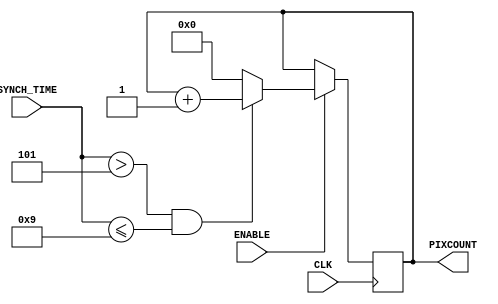
`timescale 1ns / 1ps
//////////////////////////////////////////////////////////////////////////////////
// Company:
// 
// Create Date: 
// Design Name: 
// Module Name:    PixCounter 
// Project Name: 
// Target Devices: 
// Tool versions: 
// Description: 
//
// Dependencies: 
//
// Revision: 
// Revision 0.01 - File Created
// Additional Comments: 
//
//////////////////////////////////////////////////////////////////////////////////
module PixCounter(
	CLK, 					//clock signal
	SYNCH_TIME,			//value of synch time
	PIXCOUNT,			//address of pixel
	ENABLE				//downcounter
    );
	
	parameter AddressSize = 10;				//size of the max value in the address
	parameter TimeToBackPorchEnd = 5;//30;		//start point of displaying
	parameter TimeToDisplayTimeEnd	= 10;//510;//end point of displaying
	
	input CLK;					//defined as input
	input ENABLE;				//defined as input
	input [9:0]SYNCH_TIME;	//synch time now
	output reg [AddressSize - 1: 0] PIXCOUNT;//address of the pixel
	
	initial begin				//initial value for the simulation
		PIXCOUNT = 0;
	end
	
	//Another way of calculating the Address of a pixel
	//but requires substraction of more than one bit
	//thus uses more resources and still does the same function
	/*
	always@(posedge CLK) begin
		if (ENABLE) begin
			if ((SYNCH_TIME > TimeToBackPorchEnd)
				&& (SYNCH_TIME <= TimeToDisplayTimeEnd))
				PIXCOUNT <= SYNCH_TIME - TimeToBackPorchEnd - 1;
			else
				PIXCOUNT <= 0;
		end
	end
	*/
	
	always@(posedge CLK) begin//+1
	if (ENABLE) begin	//if triggered counting & synch time is in between displaying area 
			if ((SYNCH_TIME > TimeToBackPorchEnd) && (SYNCH_TIME <= TimeToDisplayTimeEnd-1))
				PIXCOUNT <= PIXCOUNT + 1;	//increment address
			else
				PIXCOUNT <= 0;					//else reset address to 0
		end
	end
	
endmodule